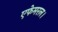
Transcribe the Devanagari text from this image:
एफेमरल।